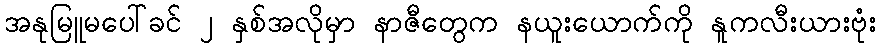
အနုမြူမပေါ်ခင် ၂ နှစ်အလိုမှာ နာဇီတွေက နယူးယောက်ကို နူကလီးယားဗုံး